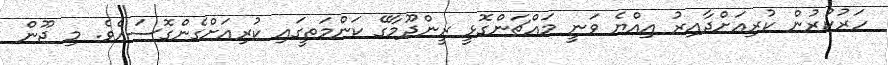
ހަރުކުރުން ކުރިއަށްދާއިރު އިއްޔެ ވަނީ މައްޗަންގޮޅީ ރީންދޫމާގޭ ކަންމަތީގައި ކުރިއަށްގެންގޮސައެވެ. މި ޖޫން